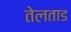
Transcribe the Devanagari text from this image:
तेलताड